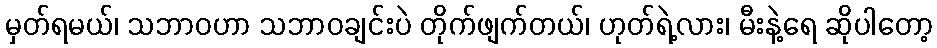
မှတ်ရမယ်၊ သဘာဝဟာ သဘာဝချင်းပဲ တိုက်ဖျက်တယ်၊ ဟုတ်ရဲ့လား၊ မီးနဲ့ရေ ဆိုပါတော့